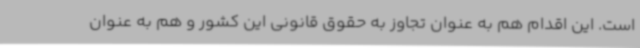
است. این اقدام هم به عنوان تجاوز به حقوق قانونی این کشور و هم به عنوان